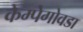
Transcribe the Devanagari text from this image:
केम्पेगोवडा